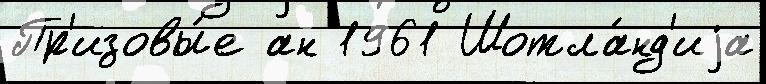
Пр'изовы́е ан 1961 Шотла́нд'иjа